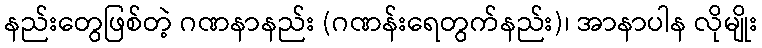
နည်းတွေဖြစ်တဲ့ ဂဏနာနည်း (ဂဏန်းရေတွက်နည်း)၊ အာနာပါန လိုမျိုး